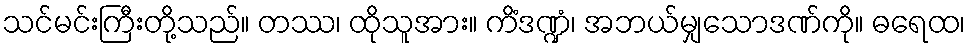
သင်မင်းကြီးတို့သည်။ တဿ၊ ထိုသူအား။ ကိံဒဏ္ဍံ၊ အဘယ်မျှသောဒဏ်ကို။ ဓရေထ၊